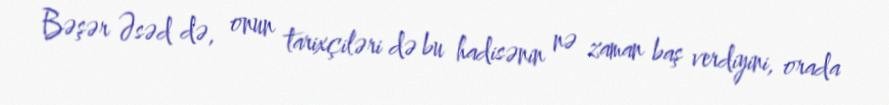
Bəşər Əsəd də, onun tarixçiləri də bu hadisənin nə zaman baş verdiyini, orada